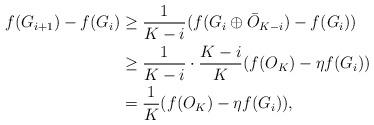
LaTeX: \begin{align*}f(G_{i+1})-f(G_i)&\geq \frac{1}{K-i}(f(G_i\oplus \bar{O}_{K-i})-f(G_i))\\&\geq\frac{1}{K-i}\cdot\frac{K-i}{K}(f(O_K)-\eta f(G_i))\\&= \frac{1}{K}(f(O_K)-\eta f(G_i)),\end{align*}